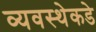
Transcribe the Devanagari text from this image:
व्यवस्थेकडे